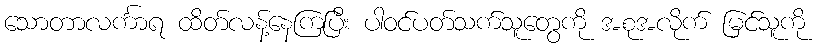
သောတာလင်္ကာရ ထိတ်လန့်နေကြပြီး ပါဝင်ပတ်သက်သူတွေကို အစုအလိုက် မြင်သူကို